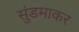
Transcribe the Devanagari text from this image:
सुंडमाकर